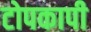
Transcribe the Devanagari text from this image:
टोपकापी